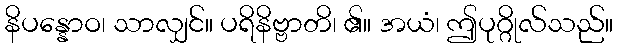
နိပန္နောဝ၊ သာလျှင်။ ပရိနိဗ္ဗာတိ၊ ၏။ အယံ၊ ဤပုဂ္ဂိုလ်သည်။